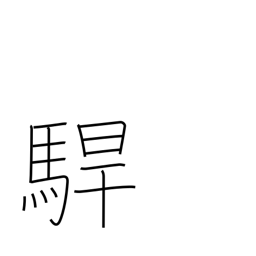
Meaning: rage